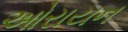
ઓરાયન